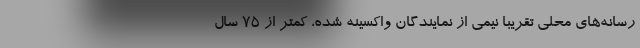
رسانه‌های محلی تقریبا نیمی از نمایندگان واکسینه شده، کمتر از 75 سال